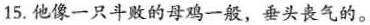
15.他像一只斗败的母鸡一般，垂头丧气的。